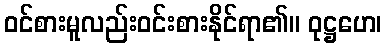
ဝင်စားမူလည်းဝင်းစားနိုင်ရာ၏။ ဝုဋ္ဌဟေ၊